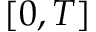
[ 0 , T ]